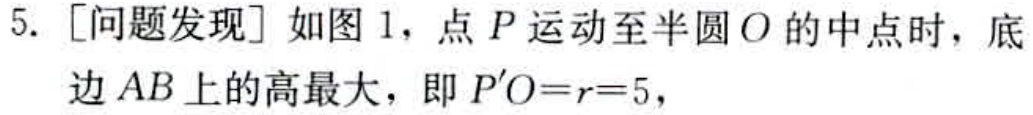
5. [问题发现] 如图 1，点 \(P\) 运动至半圆 \(O\) 的中点时，底边 \(AB\) 上的高最大，即 \(P'O = r = 5\)，